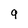
Character: 9